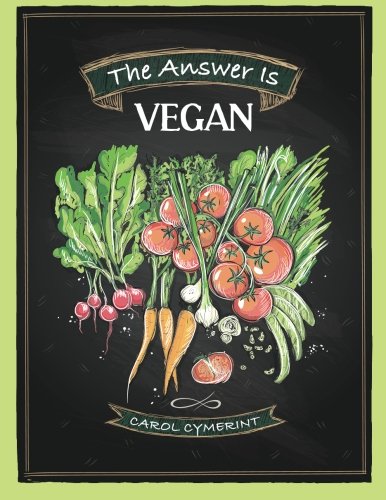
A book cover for The Answer is Vegan; Carol Cymerint; Health, Fitness & Dieting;